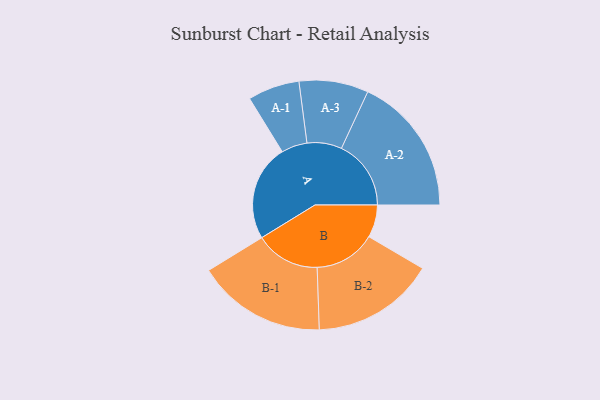
{"axis": {"x": "Segment", "y": "Value"}, "legend": ["", "A", "B"], "data": [{"x": "A", "y": 372, "type": ""}, {"x": "B", "y": 126, "type": ""}, {"x": "A-1", "y": 100, "type": "A"}, {"x": "A-2", "y": 269, "type": "A"}, {"x": "A-3", "y": 134, "type": "A"}, {"x": "B-1", "y": 250, "type": "B"}, {"x": "B-2", "y": 238, "type": "B"}]}